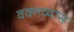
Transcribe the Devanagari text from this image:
वक्तव्यास